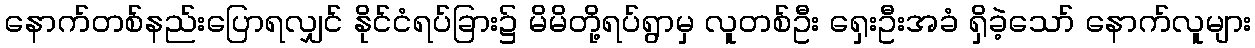
နောက်တစ်နည်းပြောရလျှင် နိုင်ငံရပ်ခြား၌ မိမိတို့ရပ်ရွာမှ လူတစ်ဦး ရှေးဦးအခံ ရှိခဲ့သော် နောက်လူများ